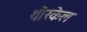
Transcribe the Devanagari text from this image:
थौरकेल